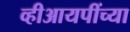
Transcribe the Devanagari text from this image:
व्हीआयपींच्या